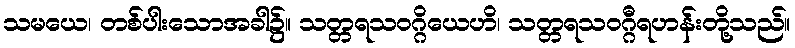
သမယေ၊ တစ်ပါးသောအခါ၌။ သတ္တရသဝဂ္ဂိယေဟိ၊ သတ္တရသဝဂ္ဂီရဟန်းတို့သည်။